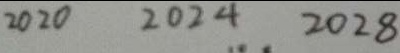
2 0 2 0 2 0 2 4 2 0 2 8